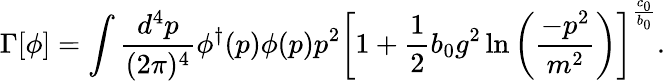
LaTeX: \Gamma[\phi]=\int\frac{d^{4}p}{(2\pi)^{4}}\phi^{\dagger}(p)\phi(p)p^{2}\left[1+\frac{1}{2}b_{0}g^{2}\ln\left(\frac{-p^{2}}{m^{2}}\right)\right]^{\frac{c_{0}}{b_{0}}}.